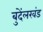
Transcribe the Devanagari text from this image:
बुदेंलखंड